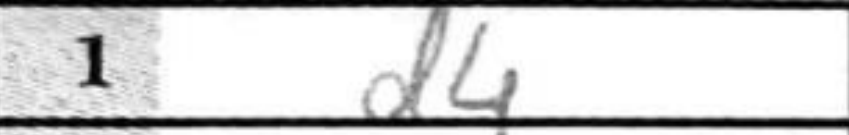
Transcription: d4